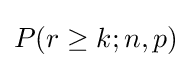
P(r\geq k;n,p)